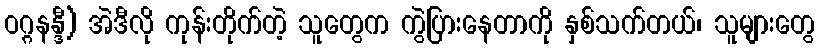
ဝဂ္ဂနန္ဒီ) အဲဒီလို ကုန်းတိုက်တဲ့ သူတွေက ကွဲပြားနေတာကို နှစ်သက်တယ်၊ သူများတွေ